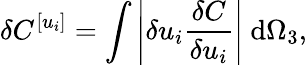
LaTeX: \delta C^{[u_{i}]}=\int\left|\delta u_{i}\frac{\delta C}{\delta u_{i}}\right|~\mathrm{d}\Omega_{3},